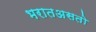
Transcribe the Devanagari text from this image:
भरातअसतो